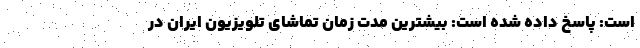
است: پاسخ داده شده است: بیشترین مدت زمان تماشای تلویزیون ایران در